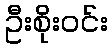
ဦးစိုးဝင်း